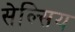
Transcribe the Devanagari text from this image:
सेल्सिय